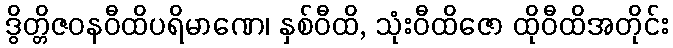
ဒွိတ္တိဇဝနဝီထိပရိမာဏေ၊ နှစ်ဝီထိ, သုံးဝီထိဇော ထိုဝီထိအတိုင်း